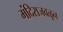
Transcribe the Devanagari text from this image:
मंदिराजवळून